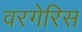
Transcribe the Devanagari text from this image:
वरगेरिस